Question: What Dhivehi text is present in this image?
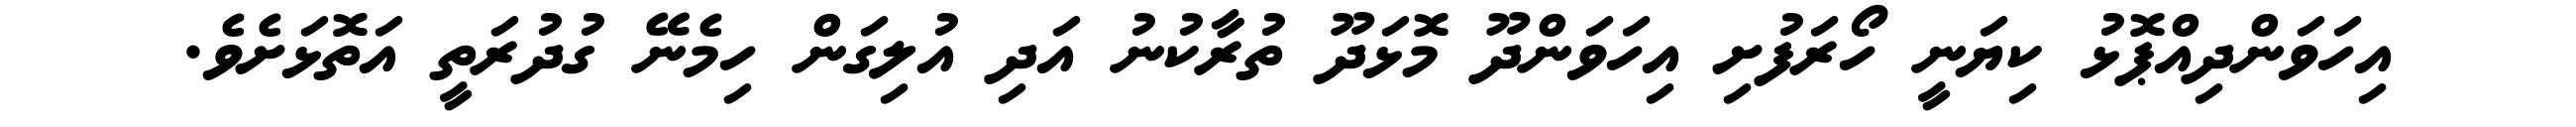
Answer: އިހަވަންދިއްޕޮޅު ކިޔަނީ ހޯރަފުށި އިހަވަންދޫ މޮޅަދޫ ތުރާކުނު އަދި އުލިގަން ހިމެނޭ ގުދުރަތީ އަތޮޅަށެވެ.